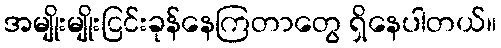
အမျိုးမျိုးငြင်းခုန်နေကြတာတွေ ရှိနေပါတယ်။